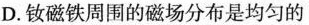
D.钕磁铁周围的磁场分布是均匀的